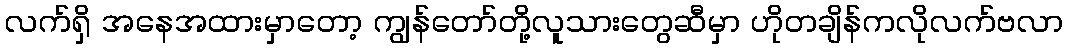
လက်ရှိ အနေအထားမှာတော့ ကျွန်တော်တို့လူသားတွေဆီမှာ ဟိုတချိန်ကလိုလက်ဗလာ